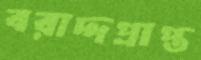
বরাদ্দপ্রাপ্ত